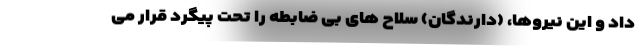
داد و این نیروها، (دارندگان) سلاح های بی ضابطه را تحت پیگرد قرار می